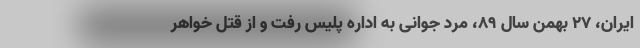
ایران، ۲۷ بهمن سال ۸۹، مرد جوانی به اداره پلیس رفت و از قتل خواهر